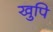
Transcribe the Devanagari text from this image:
खुपि